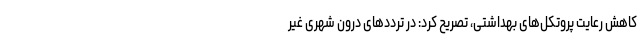
کاهش رعایت پروتکل‌های بهداشتی، تصریح کرد: در ترددهای درون شهری غیر